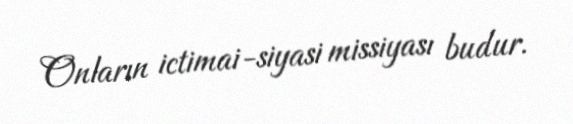
Onların ictimai-siyasi missiyası budur.